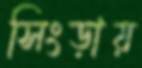
সিংড়ায়